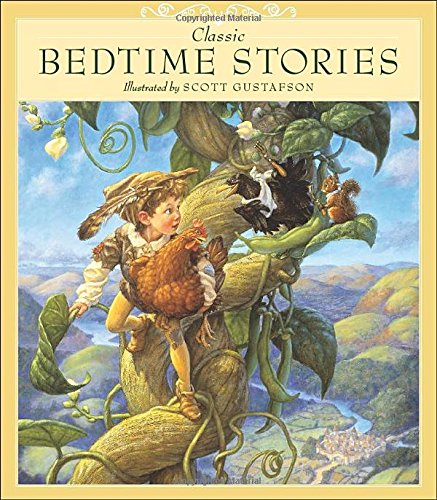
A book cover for Classic Bedtime Stories; Scott Gustafson; Children's Books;